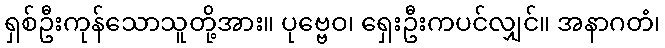
ရှစ်ဦးကုန်သောသူတို့အား။ ပုဗ္ဗေဝ၊ ရှေးဦးကပင်လျှင်။ အနာဂတံ၊